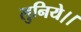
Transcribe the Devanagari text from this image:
लुनिये।।